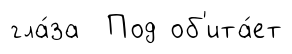
гла́за Под об'ита́ет